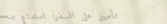
تأمين على السفر: استمتع ب